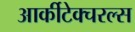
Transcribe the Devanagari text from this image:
आर्कीटेक्चरल्स